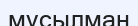
мүсылман